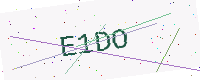
Text: E1DO